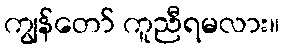
ကျွန်တော် ကူညီရမလား။